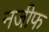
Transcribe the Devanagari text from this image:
नजीफ